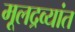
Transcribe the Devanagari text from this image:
मूलद्रव्यांत